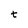
Character: t